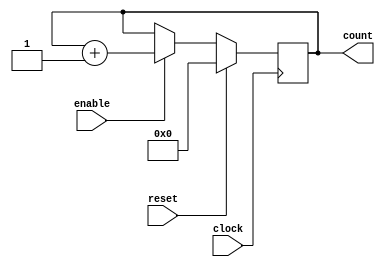
`timescale 1ns/100ps//the syetem has a time resolution of 100ps and use 1ns as the unit time step
module counter_16(

clock,
enable,
reset,
count
);

parameter BIT_SZ=16;
input clock;
input enable;
input reset;
output [BIT_SZ-1:0] count;

reg [BIT_SZ-1:0] count;

initial count=0;


always @(posedge clock)

if (reset==1'b1)
   count <= 0;
else if(enable==1'b1)
   count <= count +1'b1;

	
endmodule